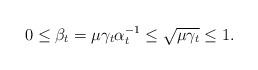
\begin{align*}0\leq\beta_t=\mu\gamma_t\alpha_t^{-1}\leq\sqrt{\mu\gamma_t}\leq 1.\end{align*}